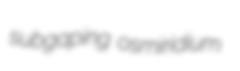
subgaping osmiridium